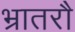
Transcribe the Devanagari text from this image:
भ्रातरौ